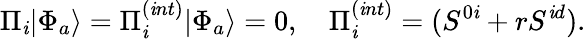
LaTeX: \Pi_{\mathit{i}}|\Phi_{a}\rangle=\Pi_{\mathit{i}}^{(\mathit{i}nt)}|\Phi_{a}\rangle=0,\quad\Pi_{\mathit{i}}^{(\mathit{i}nt)}=(S^{0\mathit{i}}+rS^{\mathit{i}d}).